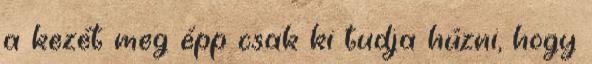
a kezét meg épp csak ki tudja húzni, hogy